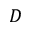
D